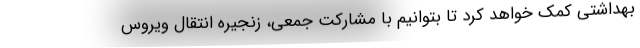
بهداشتی کمک خواهد کرد تا بتوانیم با مشارکت جمعی، زنجیره انتقال ویروس